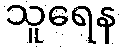
သူရေန